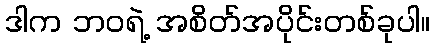
ဒါက ဘဝရဲ့ အစိတ်အပိုင်းတစ်ခုပါ။